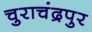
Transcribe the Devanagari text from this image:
चुराचंद्रपुर